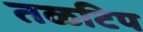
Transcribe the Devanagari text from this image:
तळटिप